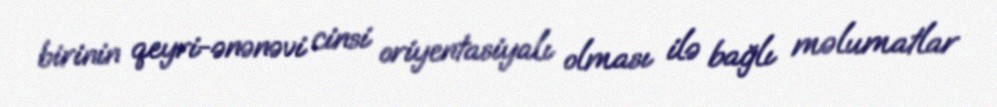
birinin qeyri-ənənəvi cinsi oriyentasiyalı olması ilə bağlı məlumatlar